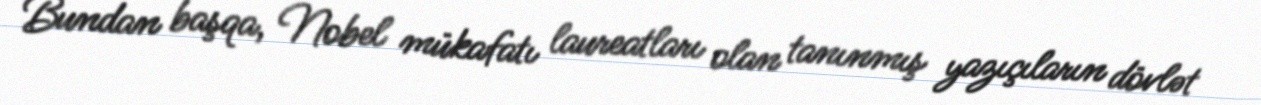
Bundan başqa, Nobel mükafatı laureatları olan tanınmış yazıçıların dövlət